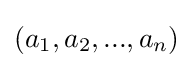
(a_{1},a_{2},...,a_{n})